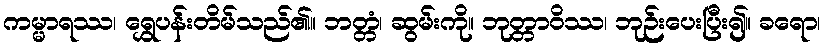
ကမ္မာရဿ၊ ရွှေပန်းတိမ်သည်၏။ ဘတ္တံ၊ ဆွမ်းကို။ ဘုတ္တာဝိဿ၊ ဘုဉ်းပေးပြီး၍။ ခရော၊